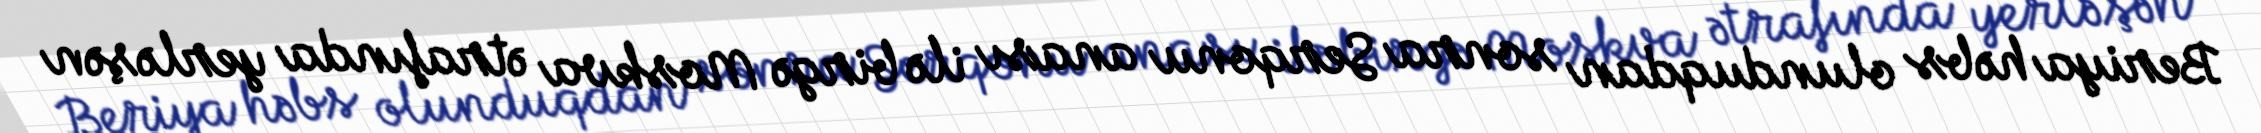
Beriya həbs olunduqdan sonra Serqonu anası ilə birgə Moskva ətrafında yerləşən